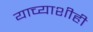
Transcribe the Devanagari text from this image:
याच्याशीही